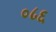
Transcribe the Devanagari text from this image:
०८६